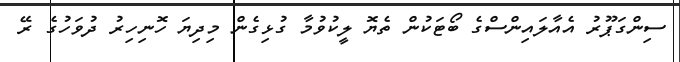
ސިންގަޕޫރު އެއާލައިންސްގެ ބޯޓަކުން ތެޔޮ ލީކުވުމާ ގުޅިގެން މިދިޔަ ހޮނިހިރު ދުވަހުގެ ރޭ